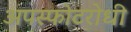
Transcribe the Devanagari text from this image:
अपस्फोटरोधी